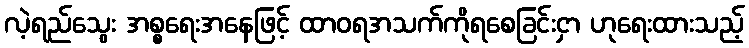
လဲ့ရည်သွေး အစ္စရေးအနေဖြင့် ထာဝရအသက်ကိုရစေခြင်းငှာ ဟုရေးထားသည့်